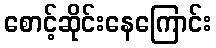
စောင့်ဆိုင်းနေကြောင်း